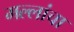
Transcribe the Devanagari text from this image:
मल्लांचा